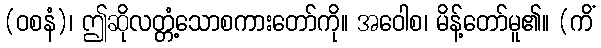
(ဝစနံ)၊ ဤဆိုလတ္တံ့သောစကားတော်ကို။ အဝေါစ၊ မိန့်တော်မူ၏။ (ကိံ